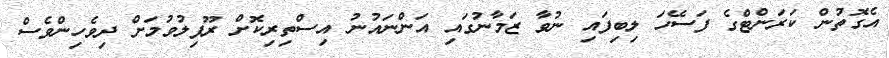
އެގޮތުން ކަރަންޓްގެ ފަސޭހަ ލިބިފައި ނުވާ ޒަމާނުގައި އަންނައުނު އިސްތިރިކޮށް ރޫފިލުވުމަށް ދިވެހިންވެސް